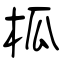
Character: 柧